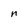
Character: n